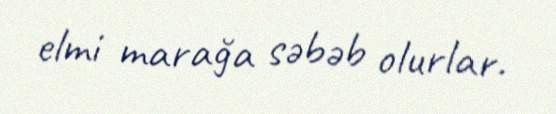
elmi marağa səbəb olurlar.